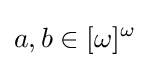
a,b\in [\omega ]^{\omega }